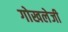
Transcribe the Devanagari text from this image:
गोखलेजी